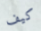
كيف